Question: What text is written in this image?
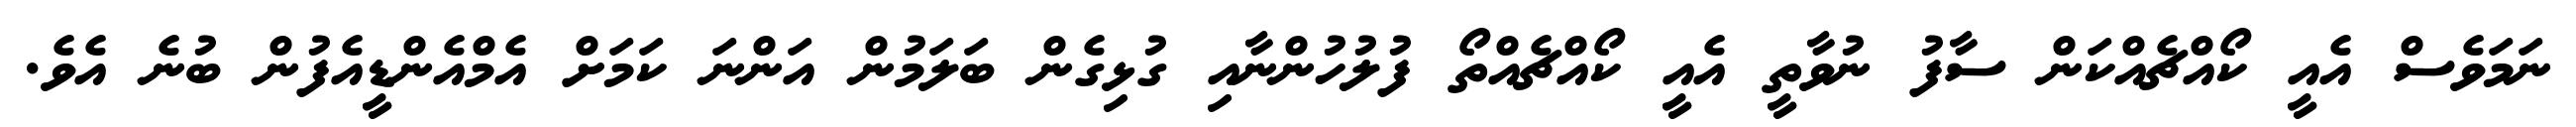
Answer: ނަމަވެސް އެއީ ކޯއްޗެއްކަން ސާފު ނުވާތީ އެއީ ކޯއްޗެއްތޯ ފުލުހުންނާއި ގުޅިގެން ބަލަމުން އަންނަ ކަމަށް އެމްއެންޑީއެފުން ބުނެ އެވެ.